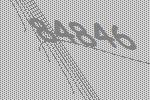
84846